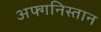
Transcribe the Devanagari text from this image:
अफ्गनिस्तान